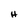
Character: H